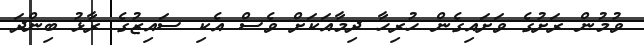
ވުމުން ރަށުގެ ވަށައިގެން ހުރިހާ ދިމާއަކަށް ވެސް އެކި ސައިޒުގެ ރާޅު ބިންދަ